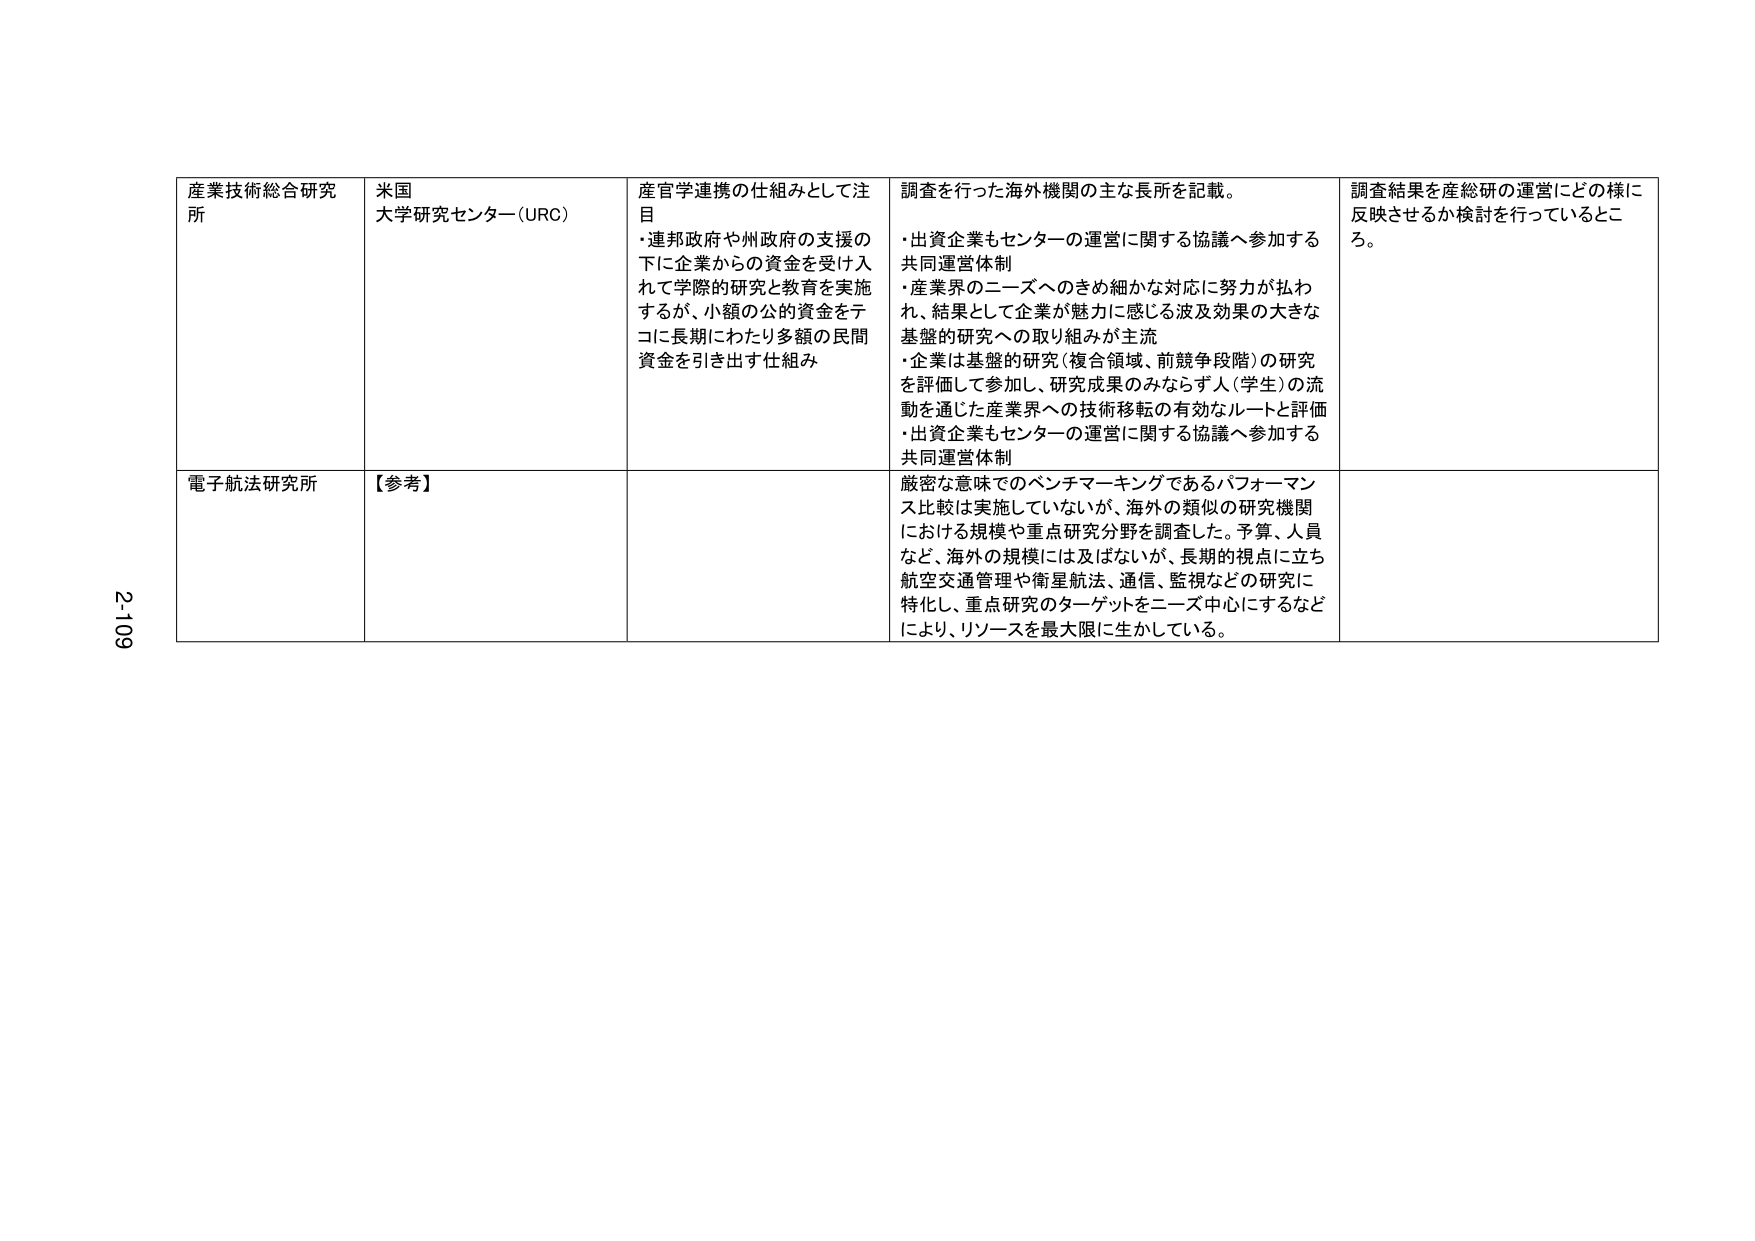
産業技術総合研究所
米国
大学研究センター（URC）
産官学連携の仕組みとして注目
・連邦政府や州政府の支援の下に企業からの資金を受け入れて学際的研究と教育を実施するが、小額の公的資金をテコに長期にわたり多額の民間資金を引き出す仕組み
調査を行った海外機関の主な長所を記載。
・出資企業もセンターの運営に関する協議へ参加する共同運営体制
・産業界のニーズへのきめ細かな対応に努力が払われ、結果として企業が魅力に感じる波及効果の大きな基盤的研究への取り組みが主流
・企業は基盤的研究（複合領域、前競争段階）の研究を評価して参加し、研究成果のみならず人（学生）の流動を通じた産業界への技術移転の有効なルートと評価
・出資企業もセンターの運営に関する協議へ参加する共同運営体制
調査結果を産総研の運営にどの様に反映させるか検討を行っているところ。

電子航法研究所
【参考】
厳密な意味でのベンチマーキングであるパフォーマンス比較は実施していないが、海外の類似の研究機関における規模や重点研究分野を調査した。予算、人員など、海外の規模には及ばないが、長期的視点に立ち航空交通管理や衛星航法、通信、監視などの研究に特化し、重点研究のターゲットをニーズ中心にするなどにより、リソースを最大限に生かしている。

2-109